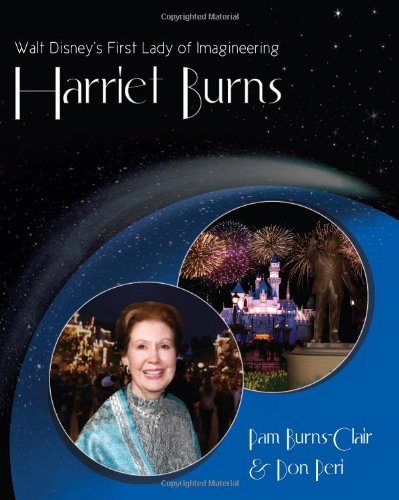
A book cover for Walt Disney's First Lady of Imagineering Harriet Burns; Pam Burns-Clair; Humor & Entertainment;